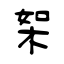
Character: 桇